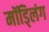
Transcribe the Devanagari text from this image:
मॉड्लिंग